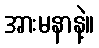
အားမနာနဲ့။